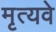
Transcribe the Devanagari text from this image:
मृत्यवे